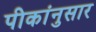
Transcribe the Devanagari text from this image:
पीकांनुसार